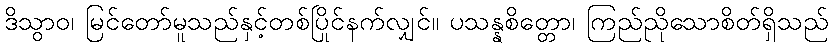
ဒိသွာဝ၊ မြင်တော်မူသည်နှင့်တစ်ပြိုင်နက်လျှင်။ ပသန္နစိတ္တော၊ ကြည်ညိုသောစိတ်ရှိသည်